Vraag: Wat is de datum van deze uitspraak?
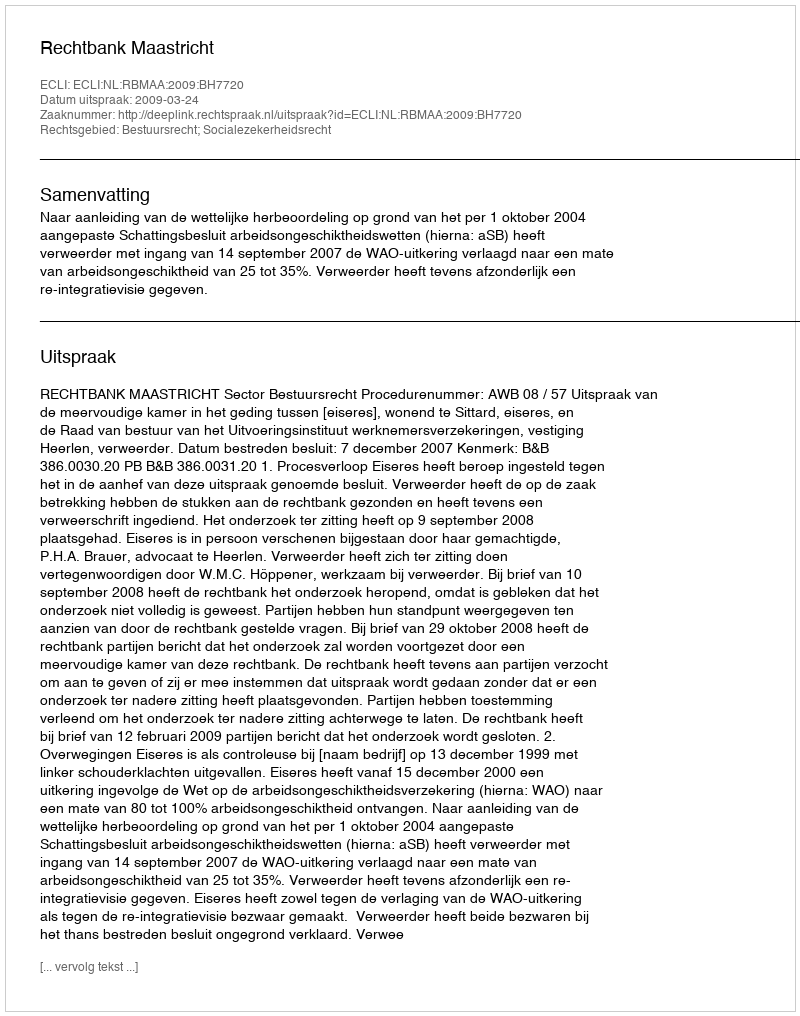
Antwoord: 2009-03-24